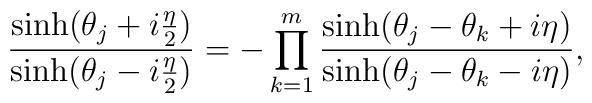
\frac{\sinh({\theta_{j} + i{\eta\over2}})}{\sinh({\theta_{j} - i{\eta\over2}})}= -\prod_{k=1}^{m}\frac{\sinh({\theta_{j} - \theta_{k} + i\eta})}{\sinh({\theta_{j} -\theta_{k} - i\eta})},